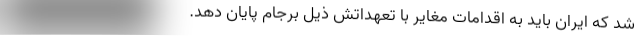
شد که ایران باید به اقدامات مغایر با تعهداتش ذیل برجام پایان دهد.